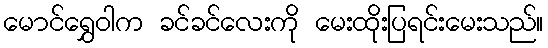
မောင်ရွှေဝါက ခင်ခင်လေးကို မေးထိုးပြရင်းမေးသည်။